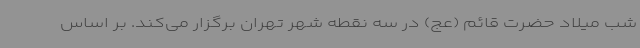
شب میلاد حضرت قائم (عج) در سه نقطه شهر تهران برگزار می‌کند. بر اساس